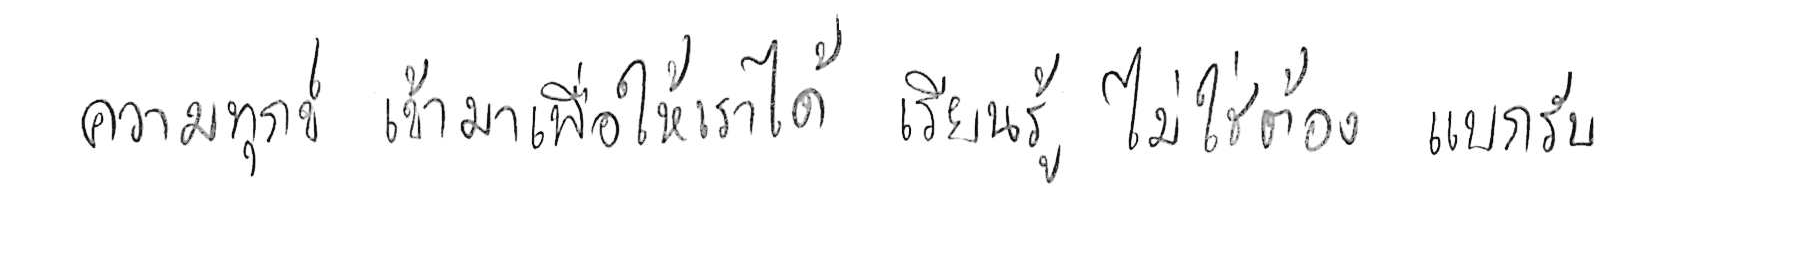
ความทุกข์ เข้ามาเพื่อให้เราได้ เรียนรู้ ไม่ใช่ต้อง แบกรับ